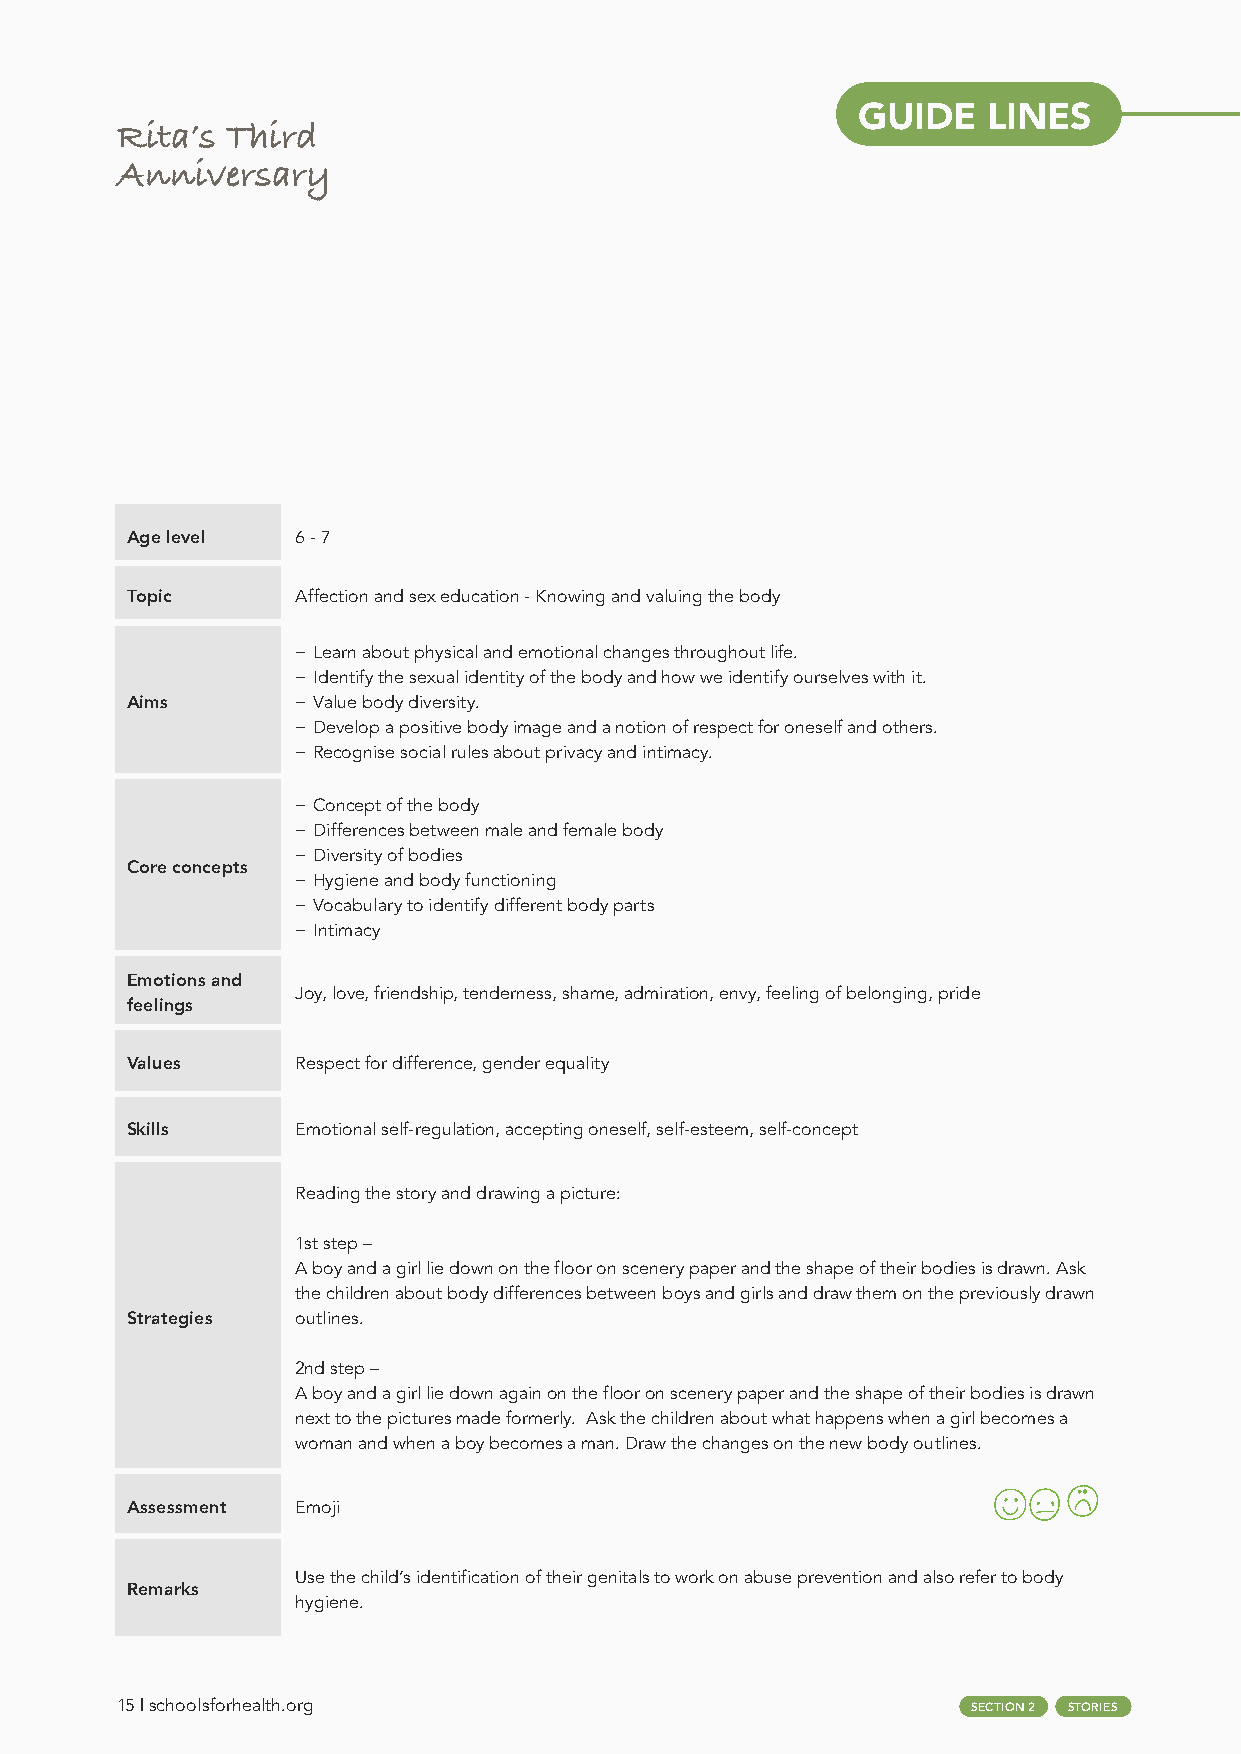
GUIDE   LINES
 Rita’s Third
 Anniversary
 Age level   6 - 7
 Topic       Affection and sex education - Knowing and valuing the body
 − Learn about physical and emotional changes throughout life.
 − Identify the sexual identity of the body and how we identify ourselves with it.
 Aims        − Value body diversity.
 − Develop a positive body image and a notion of respect for oneself and others.
 − Recognise social rules about privacy and intimacy.
 − Concept of the body
 − Differences between male and female body
 − Diversity of bodies
 Core concepts
 − Hygiene and body functioning
 − Vocabulary to identify different body parts
 − Intimacy
 Emotions and
 Joy, love, friendship, tenderness, shame, admiration, envy, feeling of belonging, pride
 feelings
 Values      Respect for difference, gender equality
 Skills      Emotional self-regulation, accepting oneself, self-esteem, self-concept
 Reading the story and drawing a picture:
 1st step –
 A boy and a girl lie down on the floor on scenery paper and the shape of their bodies is drawn. Ask
 the children about body differences between boys and girls and draw them on the previously drawn
 Strategies  outlines.
 2nd step –
 A boy and a girl lie down again on the floor on scenery paper and the shape of their bodies is drawn
 next to the pictures made formerly. Ask the children about what happens when a girl becomes a
 woman and when a boy becomes a man. Draw the changes on the new body outlines.
 Assessment  Emoji
 Use the child’s identification of their genitals to work on abuse prevention and also refer to body
 Remarks
 hygiene.
 15 | schoolsforhealth.org                               SECTION 2 STORIES